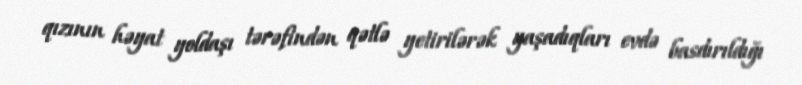
qızının həyat yoldaşı tərəfindən qətlə yetirilərək yaşadıqları evdə basdırıldığı